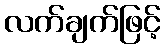
လက်ချက်ဖြင့်